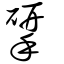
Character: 揅